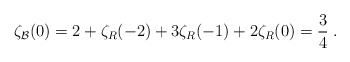
\begin{align*}\zeta_{\cal B}(0)=2+\zeta_{R}(-2)+3\zeta_{R}(-1)+2 \zeta_{R}(0)={3\over 4} \; .\end{align*}